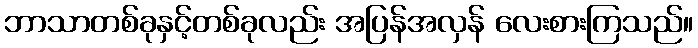
ဘာသာတစ်ခုနှင့်တစ်ခုလည်း အပြန်အလှန် လေးစားကြသည်။